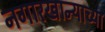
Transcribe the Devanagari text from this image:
नगारखान्याच्या